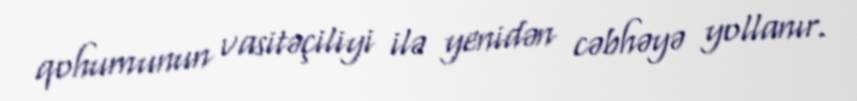
qohumunun vasitəçiliyi ilə yenidən cəbhəyə yollanır.